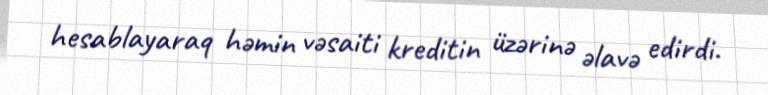
hesablayaraq həmin vəsaiti kreditin üzərinə əlavə edirdi.